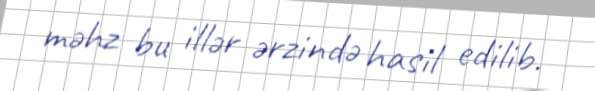
məhz bu illər ərzində hasil edilib.